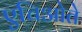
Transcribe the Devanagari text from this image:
एचिओते